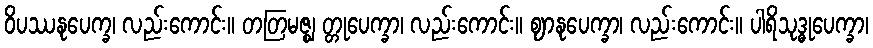
ဝိပဿနုပေက္ခ၊ လည်းကောင်း။ တတြမဇ္ဈ တ္တုပေက္ခာ၊ လည်းကောင်း။ ဈာနုပေက္ခာ၊ လည်းကောင်း။ ပါရိသုဒ္ဓုပေက္ခာ၊